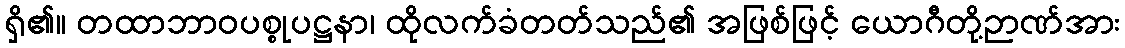
ရှိ၏။ တထာဘာဝပစ္စုပဋ္ဌနာ၊ ထိုလက်ခံတတ်သည်၏ အဖြစ်ဖြင့် ယောဂီတို့ဉာဏ်အား